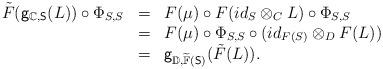
LaTeX: \begin{align*}\begin{array}{lll}\tilde{F}(\mathsf{g}_{\mathbb{C},\mathsf{S}}(L))\circ\Phi_{S,S}&=&F(\mu)\circ F(id_S\otimes_C L)\circ \Phi_{S,S}\\&=&F(\mu)\circ\Phi_{S,S}\circ (id_{F(S)}\otimes_D F(L))\\&=&\mathsf{g}_{\mathbb{D},\widetilde{\mathbb{F}}(\mathsf{S})}(\tilde{F}(L)).\end{array}\end{align*}